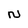
Character: N